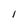
Character: l